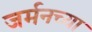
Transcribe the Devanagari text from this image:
जर्मनच्या